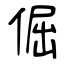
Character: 倔